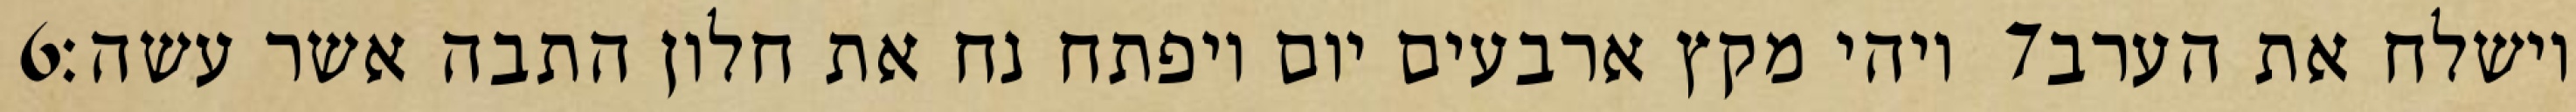
‎6‏ ויהי מקץ ארבעים יום ויפתח נח את חלון התבה אשר עשה׃ ‎7‏ וישלח את הערב